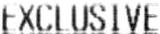
EXCLUSIVE